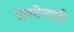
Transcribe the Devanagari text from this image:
देवतेलाही